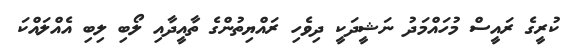
ކުރީގެ ރައީސް މުހައްމަދު ނަޝީދަކީ ދިވެހި ރައްޔިތުންގެ ތާއީދާއި ލޯބި ލިބި އެއްލައްކަ